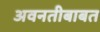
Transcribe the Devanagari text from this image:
अवनतीबाबत